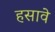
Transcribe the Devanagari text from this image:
हसावे